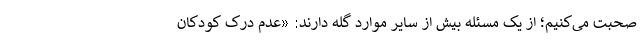
صحبت می‌کنیم؛ از یک مسئله بیش از سایر موارد گله دارند: «عدم درک کودکان